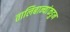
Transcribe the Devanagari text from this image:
तालिबान्यांकडुन